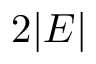
2 | E |